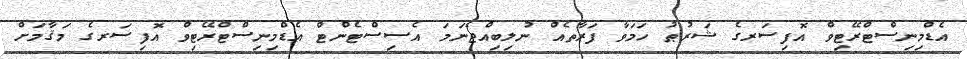
އެޑްމިނިސްޓްރޭޓިވް އޮފިސަރގެ ޝަރުޠު ހަމަވާ ފަރާތެއް ނުލިބިއްޖެނަމަ އެސިސްޓެންޓް އެޑްމިނިސްޓްރޭޓިވް އޮފިސަރގެ މަޤާމަށް